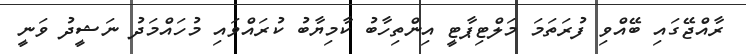
ރާއްޖޭގައި ބޭއްވި ފުރަތަމަ މަލްޓިޕާޓީ އިންތިހާބު ކާމިޔާބު ކުރައްވައި މުހައްމަދު ނަޝީދު ވަނީ